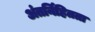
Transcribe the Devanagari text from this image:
अंतर्निहितता